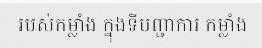
របស់កម្លាំង ក្នុងទីបញ្ជាការ កម្លាំង